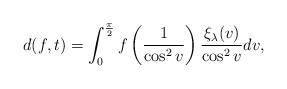
LaTeX: \begin{align*}d(f, t) = \int_{0}^{\frac{\pi}{2}} f \left(\frac{1}{\cos^2 v} \right) \frac{\xi_{\lambda}(v)}{\cos^2 v} dv,\end{align*}